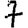
Digit: 7